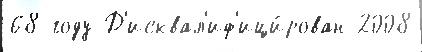
68 году Д'исквал'иф'ици́рован 2008